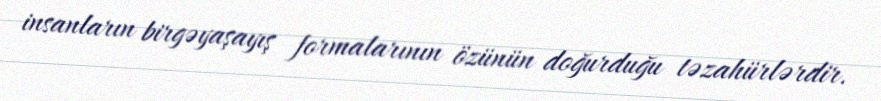
insanların birgəyaşayış formalarının özünün doğurduğu təzahürlərdir.